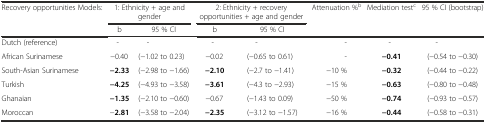
<table><thead><tr><td><b>Recovery opportunities Models:</b></td><td colspan="2"><b>1: Ethnicity + age and gender</b></td><td colspan="2"><b>2: Ethnicity + recovery opportunities + age and gender</b></td><td><b>Attenuation %<sup>b</sup></b></td><td><b>Mediation test<sup>c</sup></b></td><td><b>95 % CI (bootstrap)</b></td></tr><tr><td></td><td><b>b</b></td><td><b>95 % CI</b></td><td><b>b</b></td><td><b>95 % CI</b></td><td></td><td></td><td></td></tr></thead><tbody><tr><td>Dutch (reference)</td><td>-</td><td>-</td><td>-</td><td>-</td><td>-</td><td>-</td><td>-</td></tr><tr><td>African Surinamese</td><td>−0.40</td><td>(−1.02 to 0.23)</td><td>−0.02</td><td>(−0.65 to 0.61)</td><td>-</td><td><b>−0.41</b></td><td>(−0.54 to −0.30)</td></tr><tr><td>South-Asian Surinamese</td><td><b>−2.33</b></td><td>(−2.98 to −1.66)</td><td><b>−2.10</b></td><td>(−2.7 to −1.41)</td><td>−10 %</td><td><b>−0.32</b></td><td>(−0.44 to −0.22)</td></tr><tr><td>Turkish</td><td><b>−4.25</b></td><td>(−4.93 to −3.58)</td><td><b>−3.61</b></td><td>(−4.3 to −2.93)</td><td>−15 %</td><td><b>−0.63</b></td><td>(−0.80 to −0.48)</td></tr><tr><td>Ghanaian</td><td><b>−1.35</b></td><td>(−2.10 to −0.60)</td><td>−0.67</td><td>(−1.43 to 0.09)</td><td>−50 %</td><td><b>−0.74</b></td><td>(−0.93 to −0.57)</td></tr><tr><td>Moroccan</td><td>−<b>2.81</b></td><td>(−3.58 to −2.04)</td><td><b>−2.35</b></td><td>(−3.12 to −1.57)</td><td>−16 %</td><td><b>−0.44</b></td><td>(−0.58 to −0.31)</td></tr></tbody></table>